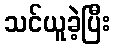
သင်ယူခဲ့ပြီး